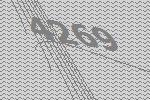
4269